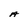
Character: A